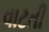
વાટતી